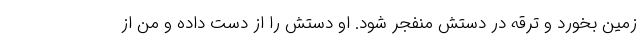
زمین بخورد و ترقه در دستش منفجر شود. او دستش را از دست داده و من از